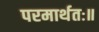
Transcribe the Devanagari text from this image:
परमार्थतः॥